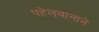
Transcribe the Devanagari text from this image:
पहेलवानाने